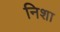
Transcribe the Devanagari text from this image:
निशा